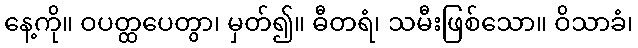
နေ့ကို။ ဝပတ္ထပေတွာ၊ မှတ်၍။ ဓီတရံ၊ သမီးဖြစ်သော။ ဝိသာခံ၊